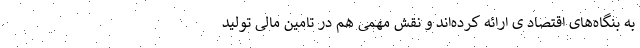
به بنگاه‌های اقتصاد ی ارائه کرده‌اند و نقش مهمی هم در تامین مالی تولید